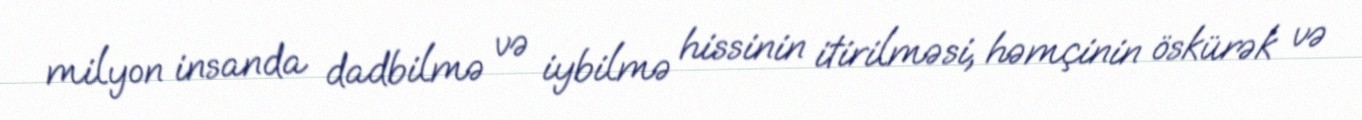
milyon insanda dadbilmə və iybilmə hissinin itirilməsi, həmçinin öskürək və